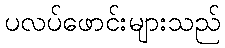
ပလပ်ဖောင်းများသည်